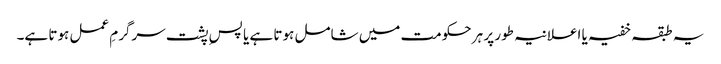
یہ طبقہ خفیہ یا اعلانیہ طور پر ہر حکومت میں شامل ہوتا ہے یا پسِ پشت سرگرمِ عمل ہوتا ہے۔